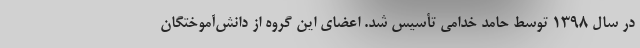
در سال ۱۳۹۸ توسط حامد خدامی تأسیس شد. اعضای این گروه از دانش‌آموختگان